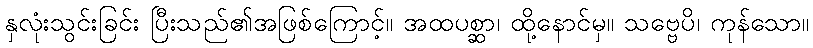
နှလုံးသွင်းခြင်း ပြီးသည်၏အဖြစ်ကြောင့်။ အထပစ္ဆာ၊ ထို့နောင်မှ။ သဗ္ဗေပိ၊ ကုန်သော။